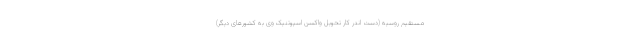
مستقیم روسیه (دست اندر کار تحویل واکسن اسپوتنیک وی به کشور‌های دیگر)